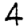
Digit: 4